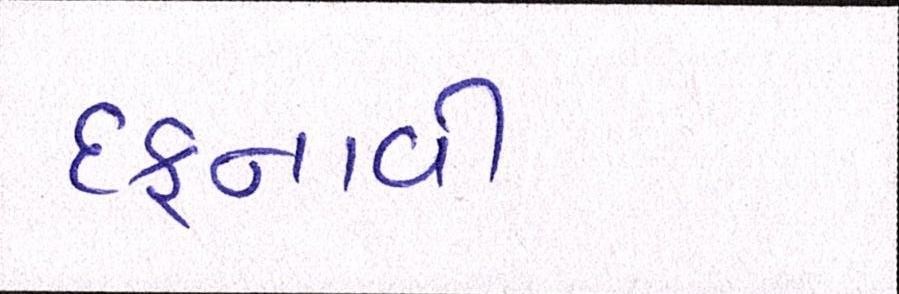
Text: દફનાવી